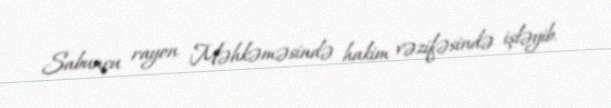
Sabunçu rayon Məhkəməsində hakim vəzifəsində işləyib.